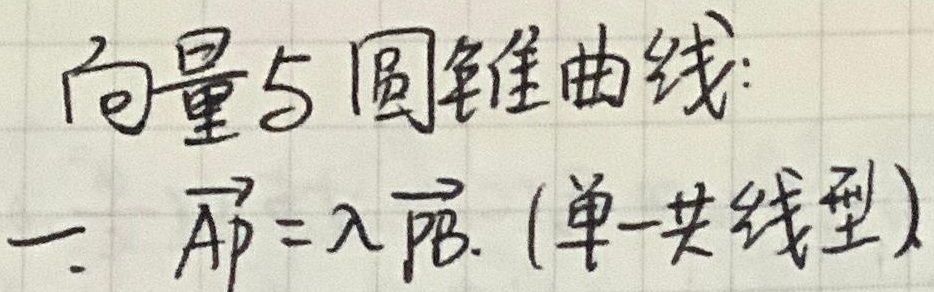
向量与圆锥曲线：一. \(\overrightarrow{AP}=\lambda\overrightarrow{PB}\)。(单一共线型)